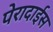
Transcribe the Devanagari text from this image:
पेरादाईस